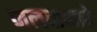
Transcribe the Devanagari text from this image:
जलबाष्पाचे